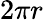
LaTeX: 2\pi r